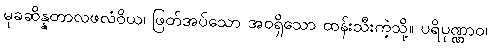
မုခဆိန္နတာလဖလံဝိယ၊ ဖြတ်အပ်သော အဝရှိသော ထန်းသီးကဲ့သို့။ ပရိပုဏ္ဏာဝ၊